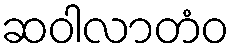
ဆဝါလာတံဝ